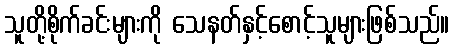
သူတို့စိုက်ခင်းများကို သေနတ်နှင့်စောင့်သူများဖြစ်သည်။